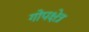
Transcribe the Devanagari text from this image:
गोपक्षेत्र